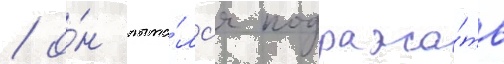
/ о́н пыта́лс'я подража́ть